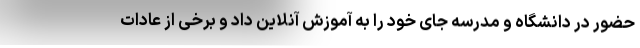
حضور در دانشگاه و مدرسه جای خود را به آموزش آنلاین داد و برخی از عادات